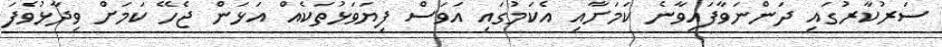
ސަރުކާރުގައި ދަންނަވާފައިވާނެ ކަމަށާއި އެކަމުގައި އަވަސް ފިޔަވަޅުތަކެއް އަޅަން ޖެހޭ ކަމަށް ވިދާޅުވެފަ